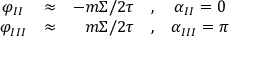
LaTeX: \begin{array} { c c r c c } { { \varphi _ { I I } } } & { { \approx } } & { { - { m \Sigma / 2 \tau } } } & { { , } } & { { \alpha _ { I I } = 0 } } \\ { { \varphi _ { I I I } } } & { { \approx } } & { { { m \Sigma / 2 \tau } } } & { { , } } & { { \alpha _ { I I I } = \pi } } \end{array}